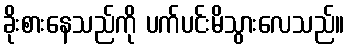
ခိုးစားနေသည်ကို ပက်ပင်းမိသွားလေသည်။